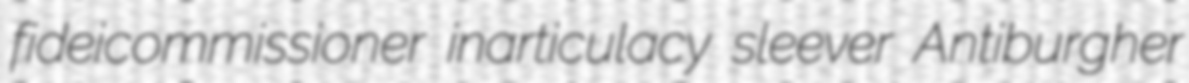
fideicommissioner inarticulacy sleever Antiburgher